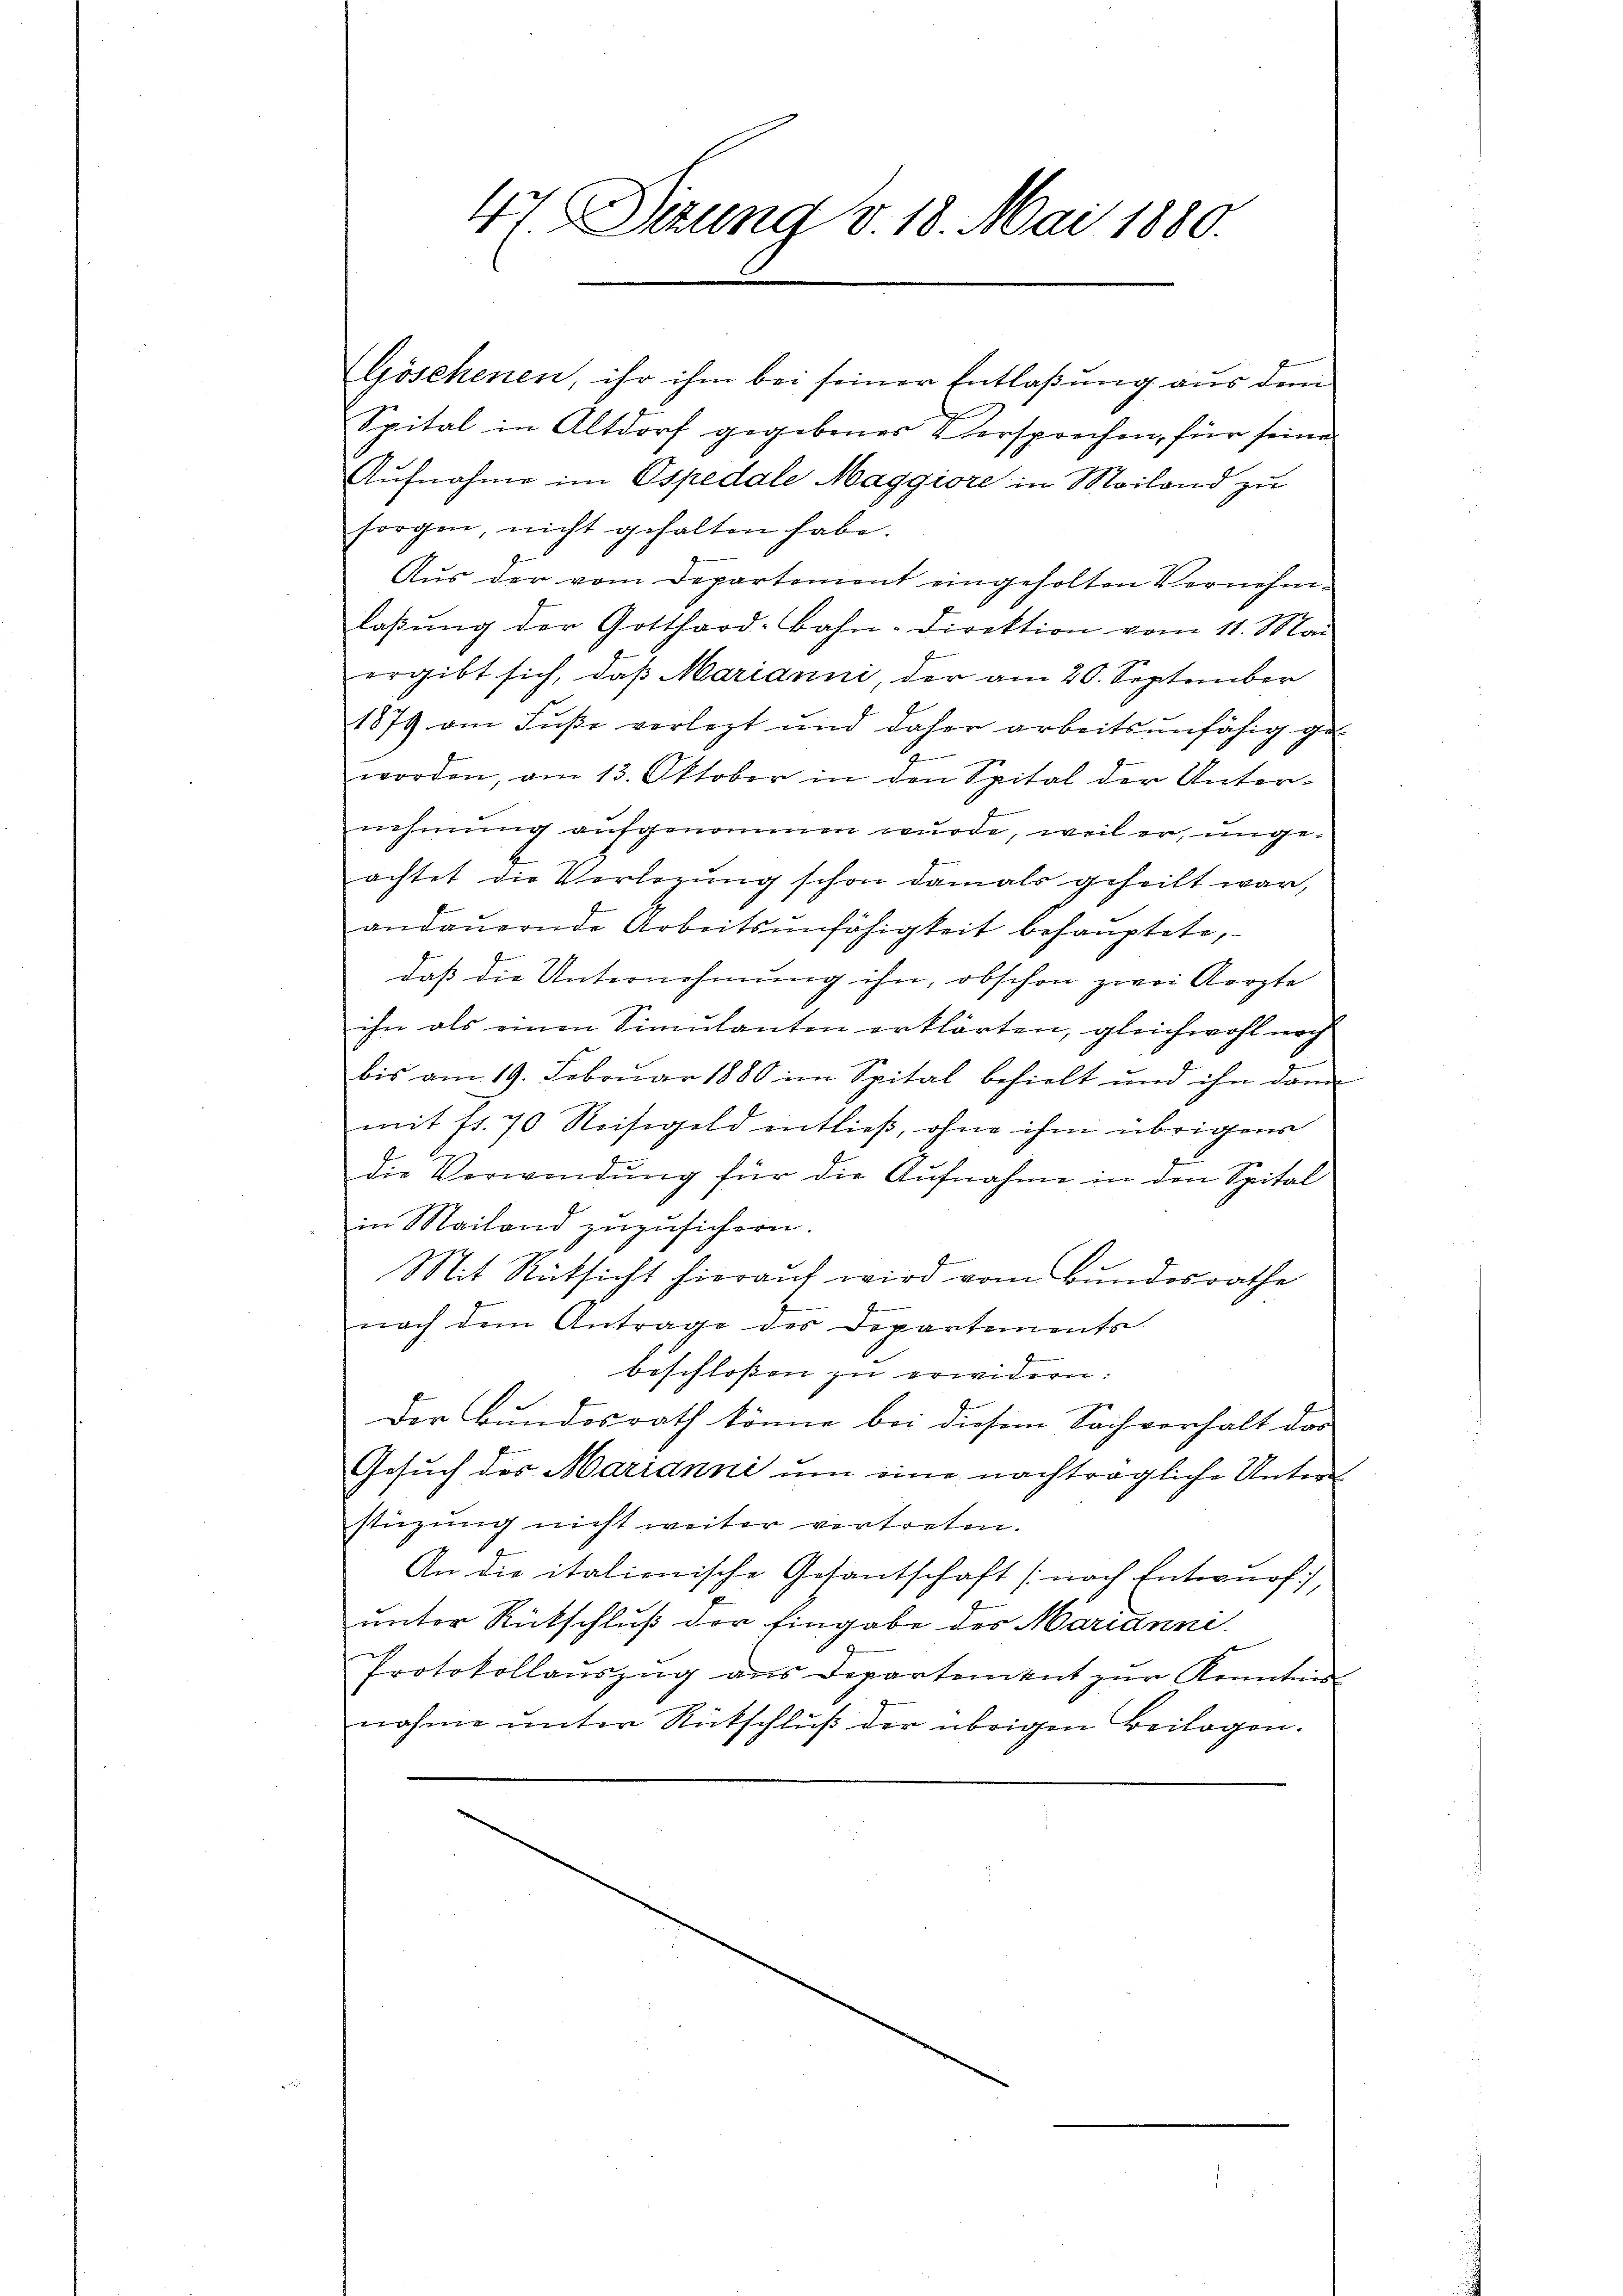
47. Sizung v. 18. Mai 1880.

Gösehenen, ihr ihm bei seiner Entlaßung aus dem
Spital in Altdorf gegebenes Versprochen, für seine
Aufnahme im Ospedale Maggiore in Mailand zu
sorgen, nicht gehalten habe.
Aus der vom Departemont eingeholten Vernehmlaßung der Gotthard-Bahn-Direktion vom 11. Mai
ergibt sich, daß Marianni, der am 20. September
1879 am Fuße verlegt und daher arbeitsunfähig ge-
t
worden, am 13. Oktober in den Spital der Unternehmung aufgenommen wurde, weil er, ungeachtet die Verlegung schon damals geheilt war,
andaŭernde Arbeitsunfähigkeit behauptete,
daß die Unternehmung ihn, obschon zwei Aerzte
ihn als einen Sinnlanten erklärten, gleichwohl noch
bis am 19. Februar 1880 im Spital behielt und ihn dann
mit fr. 70 Reisegeld entließ, ohne ihm übrigens
die Verwendung für die Aufnahme in den Spital
in Mailand zuzusichern.
J
Mit Rücksicht hierauf wird vom Bundesrathe
nach dem Antrage des Departements
beschlossen zu erwidern:
Der Bundesrath könne bei diesem Sachverhalt das
Gesuch des Marianni um eine nachträgliche Unterstüzung nicht weiter vertreten.
An die italienische Gesantschaft (nach Entwurf,
unter Rückschluß der Eingabe des Marianni.
Protokollaŭszŭg ans Departement zŭr Kenntnis
nahme unter Rückschluß der übrigen Beilagen.